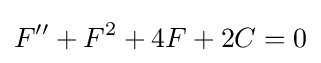
F''+F^{2}+4F+2C=0